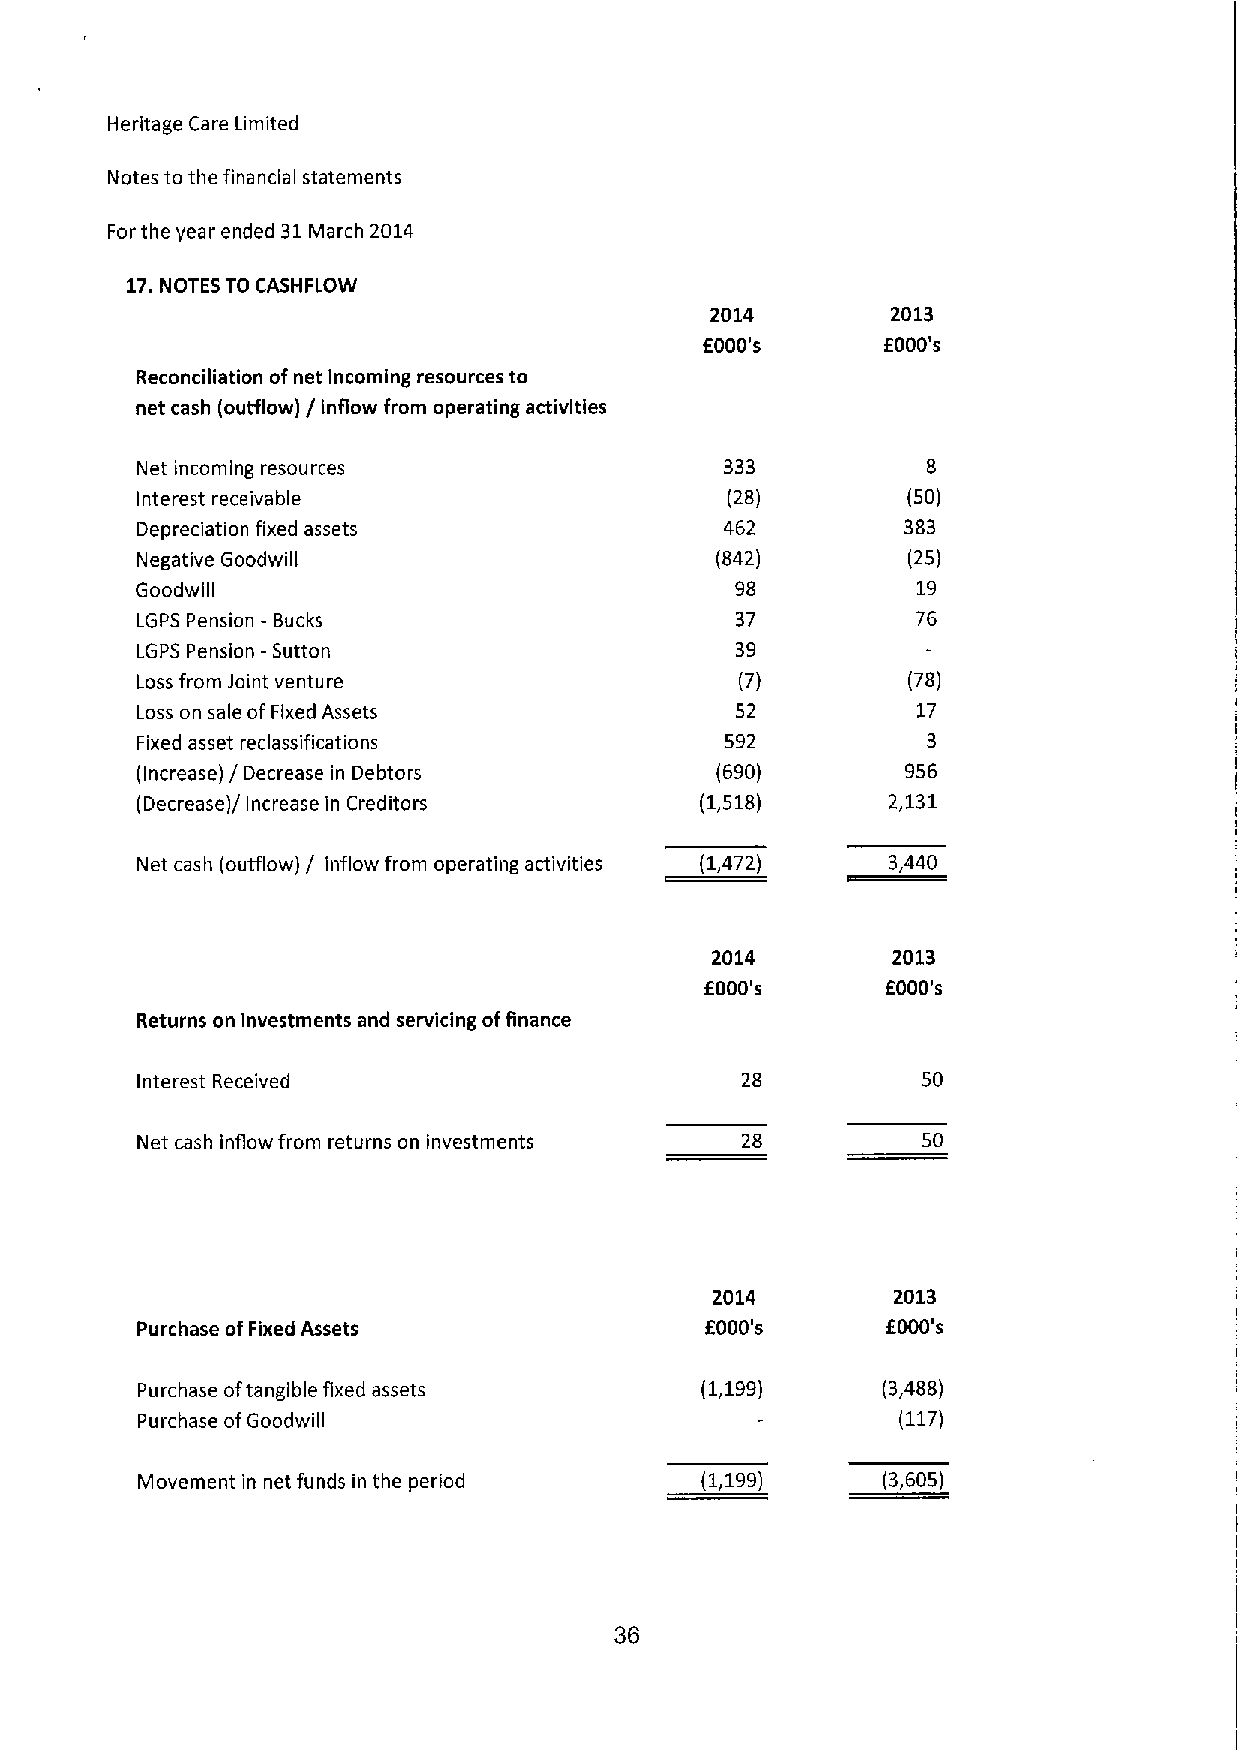
Heritage Care Limited
 Notes to the financial statements
 Forthe year ended 31March 2014
 17.NOTES TO CASHFLOW
 2014        2013
 f000's      E000's
 Reconciliation ofnet incoming resources to
 net cash (outflow) / inflow from operating activities
 Net incoming resources                 333          8
 Interest receivable                    (28)        (50)
 Depreciation fixed assets              462         383
 Negative Goodwill                     (842)        (25)
 Goodwill                                98          19
 LGPS Pension - Bucks                    37          76
 LGPS Pension —Sutton                    39
 Loss from Joint venture                 (7)        (78)
 Loss on sale of Fixed Assets            52          17
 Fixed asset reclassifications          592          3
 (Increase) / Decrease in Debtors      (690)        956
 (Decrease)/ Increase in Creditors    (1,518)      2,131
 Net cash (outflow) / inflow from operating activities 33,473) 3,440
 2014        2013
 f000's      f000's
 Returns on investments and servicing offinance
 Interest Received                                   50
 Net cash inflow from returns on investments 28      50
 2014        2013
 Purchase ofFixed Assets               f000's      f000's
 Purchase oftangible fixed assets     (1,199)     (3,488)
 Purchase ofGoodwill                                (117)
 Movement in net funds in the period  (1,199)     (3,605)
 36